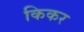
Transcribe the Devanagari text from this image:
किकर